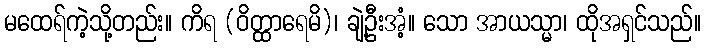
မထေရ်ကဲ့သို့တည်း။ ကိရ (ဝိတ္ထာရေမိ)၊ ချဲ့ဦးအံ့။ သော အာယသ္မာ၊ ထိုအရှင်သည်။